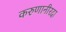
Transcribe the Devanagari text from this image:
करुणानीरदा